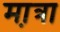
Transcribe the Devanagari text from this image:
मा़त्रा